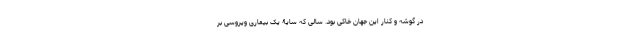
در گوشه و کنار این جهان خاکی بود. سالی که سایۀ یک بیماری ویروسی بر